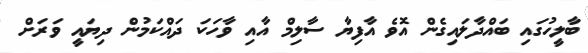
ބާލީހުގައި ބައްދާލައިގެން އޮވެ އާފިޔާ ސާލިމް އާއި ވާހަކަ ދައްކަމުން ދިޔައީ ވަރަށް